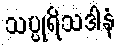
သပ္ပုရိသဒါနံ